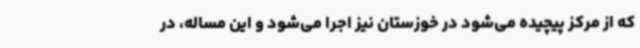
که از مرکز پیچیده می‌شود در خوزستان نیز اجرا می‌شود و این مساله، در